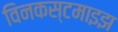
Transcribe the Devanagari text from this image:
विनकस्टमाइझ